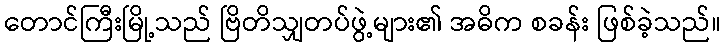
တောင်ကြီးမြို့သည် ဗြိတိသျှတပ်ဖွဲ့များ၏ အဓိက စခန်း ဖြစ်ခဲ့သည်။